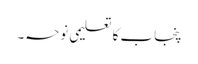
پنجاب کا تعلیمی نوحہ۔